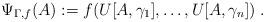
LaTeX: \begin{align*}\Psi_{\Gamma,f}(A) := f(U[A,\gamma_{1}], \ldots, U[A,\gamma_{n}])\; .\end{align*}